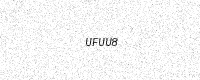
Text: UFUU8